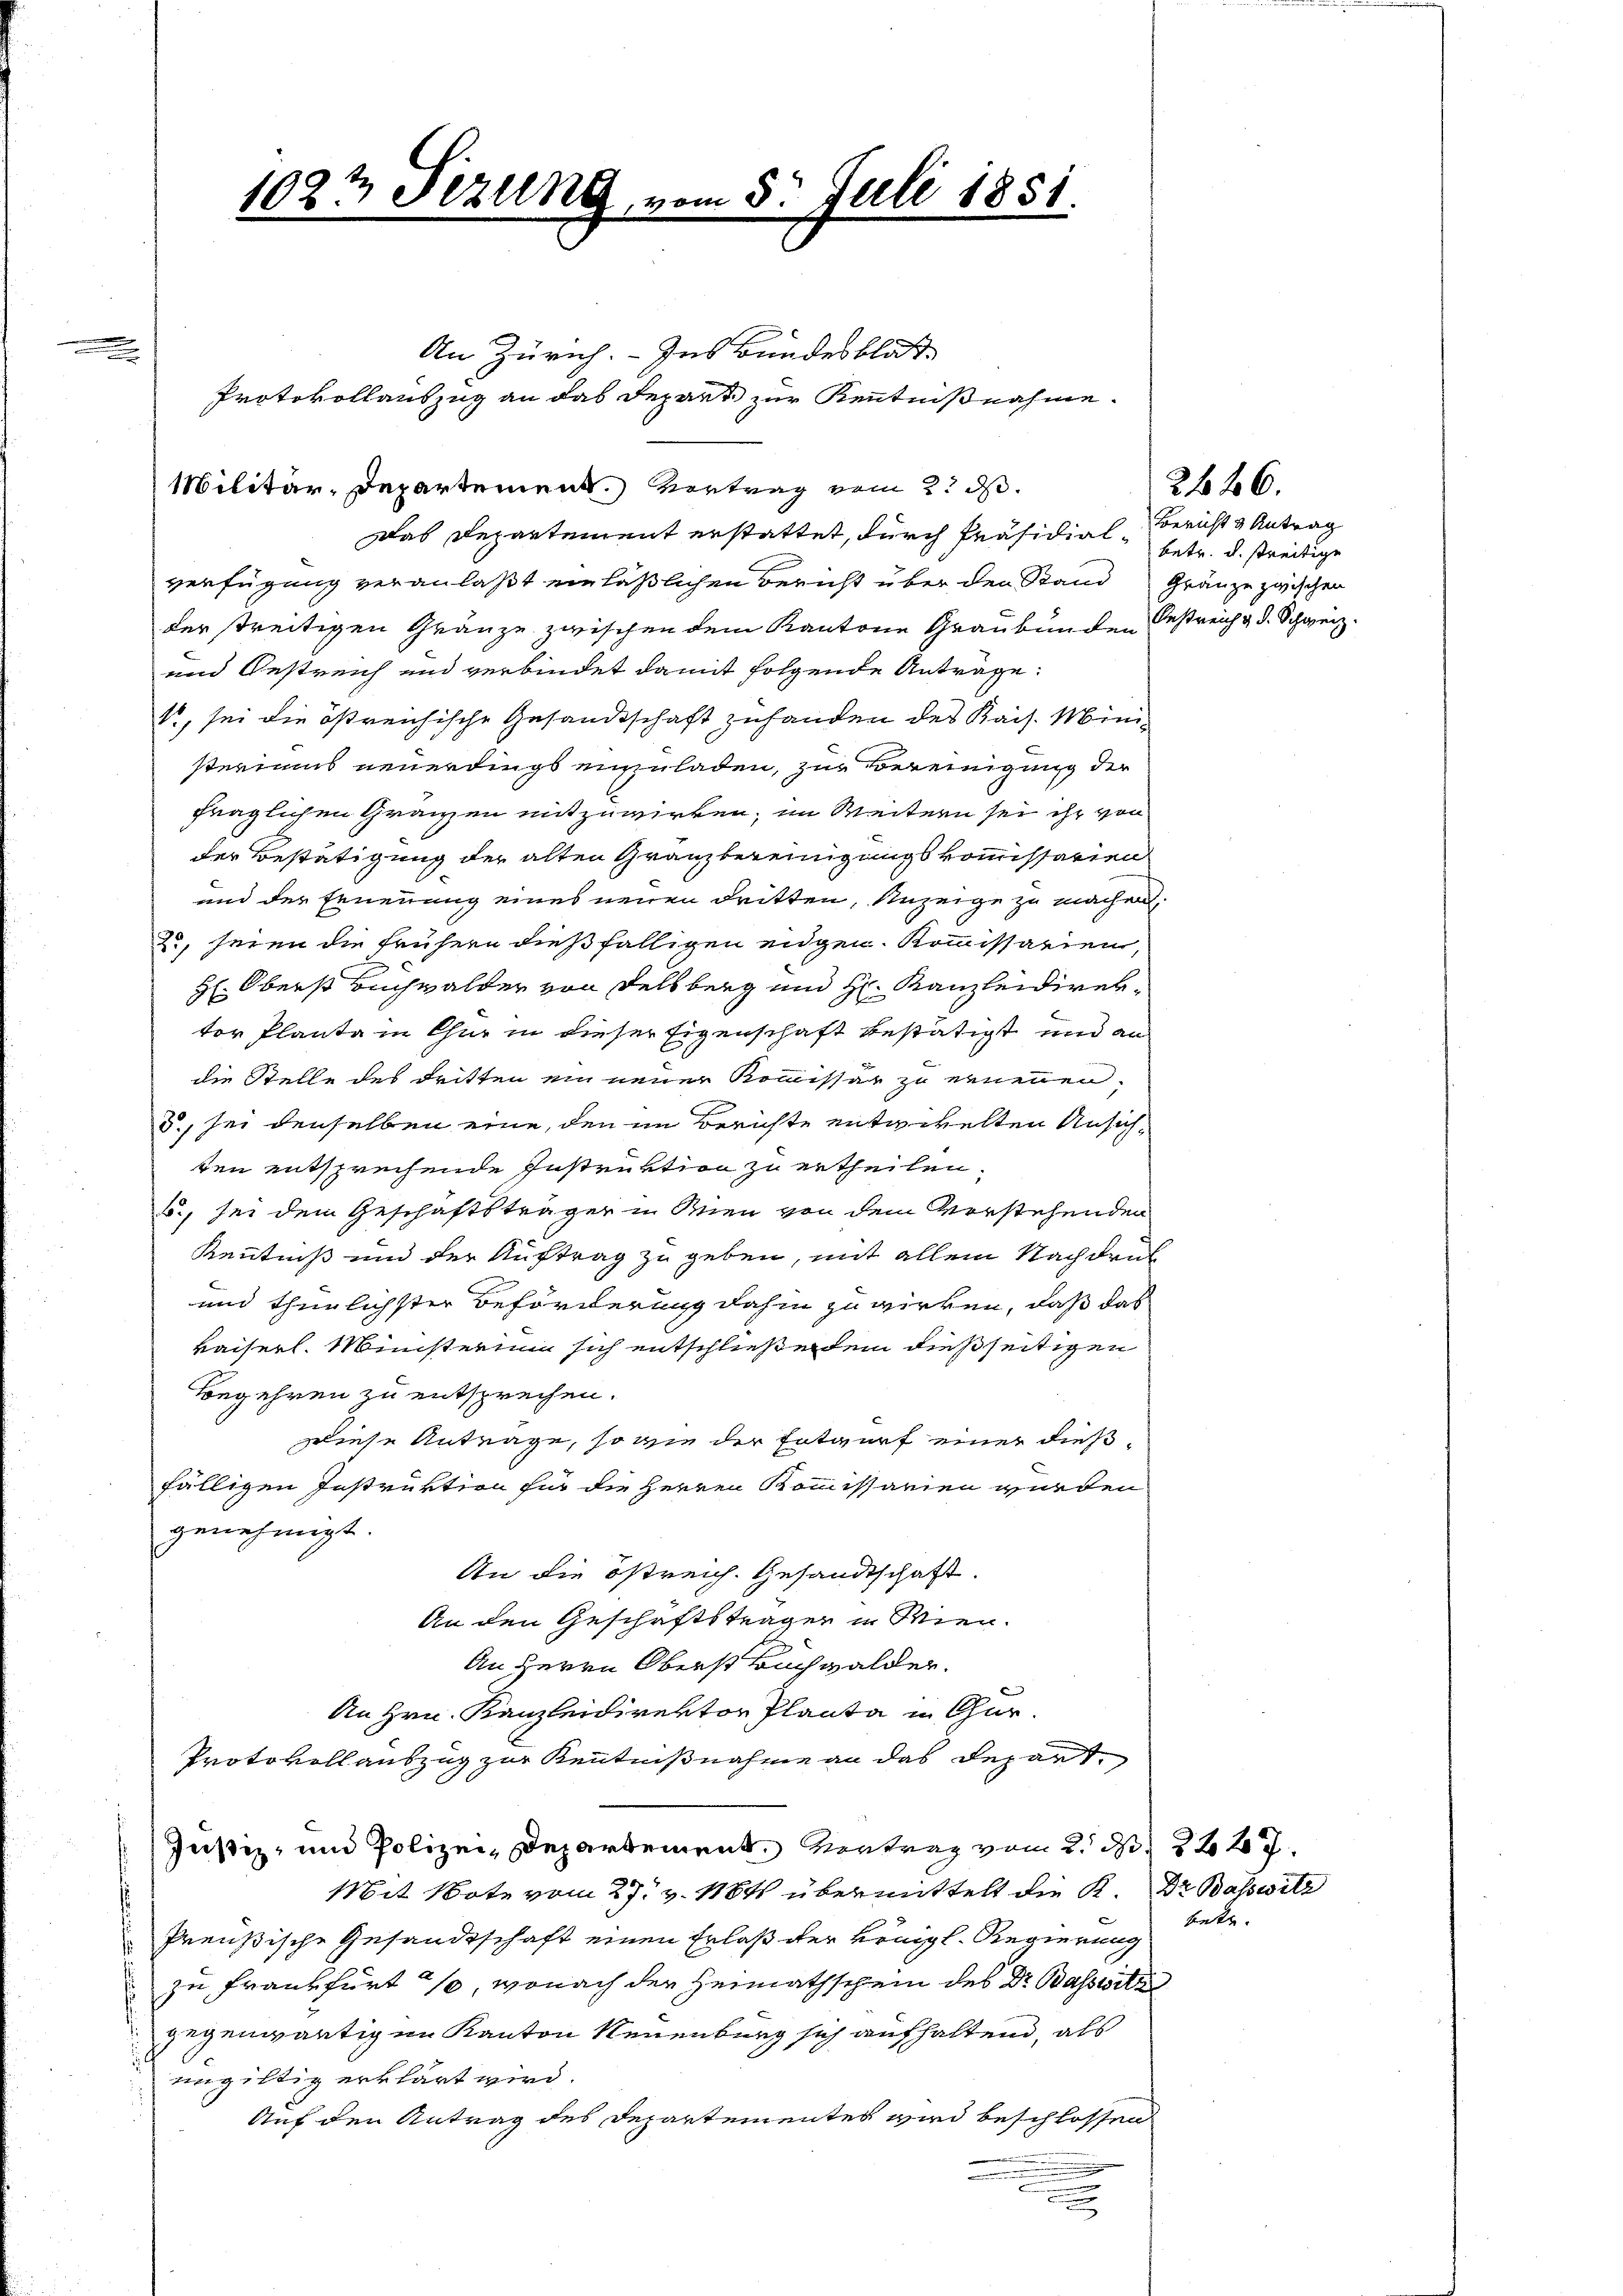
An Zürich. - Ins Bundesblatt-
Protokollauszug an das Depart zur Kenntnißnahme.
Das Departement erstattet, durch Präsidial-
verfügung veranlaßt einläßlichen Bericht über den Stand Gränze zwischen
der streitigen Gränze zwischen dem Kantone Graubünden Festreich & d. Schweiz.
und Oestreich und verbindet damit folgende Anträge:
1, sei die östreichische Gesandtschaft zuhanden des Kais. Ministeriums neuerdings einzuladen, zur Vereinigung der
fraglichen Gränzen mitzuwirken, im Weitern sei ihr von
der Bestätigung der alten Granzbereinigungskommissarien
und der Ernennung eines neuen dritten, Anzeige zu machen,
2., seien die frühern dießfälligen eigen. Kommissarien,
H: Oberst Buchwalder von Delsberg und H. Kanzleidirektor Plante in Chur in dieser Eigenschaft bestätigt und an
die Stelle des dritten ein neuer Kommissar zu ernennen,
d., sei denselben eine, den im Berichte entgelten Ansichten entsprechende Instruktion zu ertheilen.
u., sei dem Geschäftsträger in Mien von dem Vorstehenden
Kenntniß und der Auftrag zu geben, mit allem Nachdruck
und thunlichster Beförderung dahin zu wirken, daß das
Kaiserl. Ministerium sich entschließendem dießseitigen
Begehren zu entsprechen.
Diese Anträge, so wie der Entwurf einer dießfälligen Instruktion für die Herren Kommissarien würden
genehmigt.
An die östreich. Gesandtschaft.
An den Geschäftsträger in Wien.
An Herrn Oberst Buchwalder.
An Hrn. Kanzleidirektor Planta in Chur-
Protokollauszug zur Kenntnißnahme an das Depart,
Justiz- und Polizei, Departement. Vertrag vom 2. d. 222 f.
Mit Bote vom 27. v. 18t übermittelt die K. Dr Basswitz
Preußische Gesandtschaft einen Erlaß der Königl. Regierung
zu Frankfurt 10, wonach der Heimathschein des Dr. Basswitz
gegenwärtigen Kanton Neuenburg sich aufhaltend, als
 ungültig erklärt wird.
Auf den Antrag des Departementes wird beschlossen

.

1027 Sezung

Militär-Departement.) Vertrag vom 2. d.

5. Juli 1851

Bericht & Antrag
betr. d. streitige

2446.

bet. |